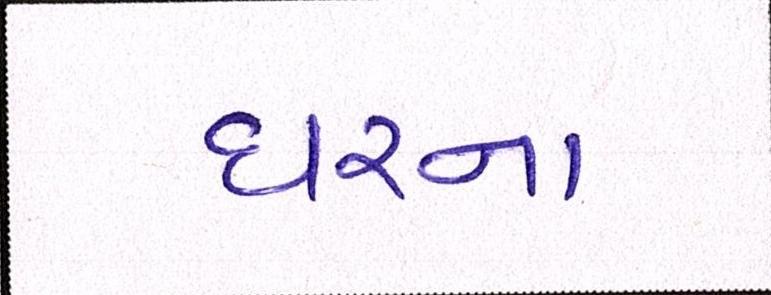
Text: ઘરના